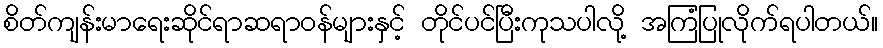
စိတ်ကျန်းမာရေးဆိုင်ရာဆရာဝန်များနှင့် တိုင်ပင်ပြီးကုသပါလို့ အကြံပြုလိုက်ရပါတယ်။